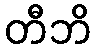
တီဘိ